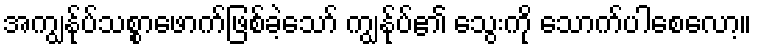
အကျွန်ုပ်သစ္စာဖောက်ဖြစ်ခဲ့သော် ကျွန်ုပ်၏ သွေးကို သောက်ပါစေလော့။